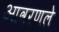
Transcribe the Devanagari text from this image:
आवरणले